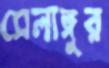
সেলাঙ্গুর